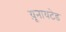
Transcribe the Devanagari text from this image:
य़ूनायटेड